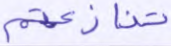
تنازعتم